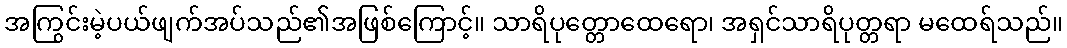
အကြွင်းမဲ့ပယ်ဖျက်အပ်သည်၏အဖြစ်ကြောင့်။ သာရိပုတ္တောထေရော၊ အရှင်သာရိပုတ္တရာ မထေရ်သည်။